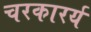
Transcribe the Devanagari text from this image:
चरकारर्य